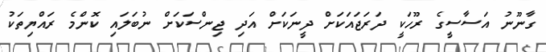
ގާނޫނު އަސާސީގެ ރޫހަކީ ދަރަޖައަކަށް ދީނަކަށް އަދި ޖިންސަކަށް ނުބަލައި ކޮންމެ ރައްޔިތަކު